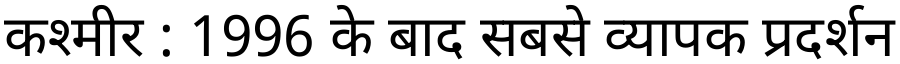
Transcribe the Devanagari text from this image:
कश्मीर : 1996 के बाद सबसे व्यापक प्रदर्शन